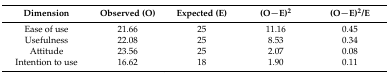
<table><thead><tr><td><b>Dimension</b></td><td><b>Observed (O)</b></td><td><b>Expected (E)</b></td><td><b>(O−E)<sup>2</sup></b></td><td><b>(O−E)<sup>2</sup>/E</b></td></tr></thead><tbody><tr><td>Ease of use</td><td>21.66</td><td>25</td><td>11.16</td><td>0.45</td></tr><tr><td>Usefulness</td><td>22.08</td><td>25</td><td>8.53</td><td>0.34</td></tr><tr><td>Attitude</td><td>23.56</td><td>25</td><td>2.07</td><td>0.08</td></tr><tr><td>Intention to use</td><td>16.62</td><td>18</td><td>1.90</td><td>0.11</td></tr></tbody></table>